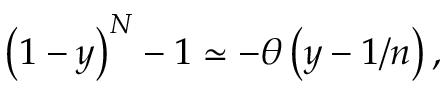
\left( 1 - y \right) ^ { N } - 1 \simeq - \theta \left( y - 1 / n \right) ,